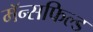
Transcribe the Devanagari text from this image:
मॅन्सफिल्ड